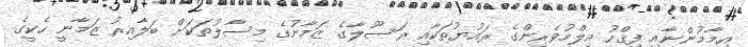
އިމާމުންނާއި ފިޤްހު އިލްމުވެރިންގެ ރައުޔުތަކާއި ރަސޫލާގެ ޒަމާނުގެ މިސާލުތަކަށް ބަލާއިރު ޒަމާނީ ހެކީގެ